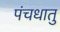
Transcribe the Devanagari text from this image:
पंचधातु